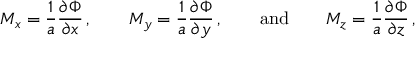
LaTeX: M _ { x } = { \frac { 1 } { a } } { \frac { \partial \Phi } { \partial x } } \, , \qquad M _ { y } = { \frac { 1 } { a } } { \frac { \partial \Phi } { \partial y } } \, , \qquad { \mathrm { a n d } } \qquad M _ { z } = { \frac { 1 } { a } } { \frac { \partial \Phi } { \partial z } } \, ,